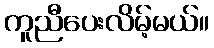
ကူညီပေးလိမ့်မယ်။